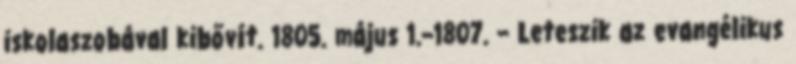
iskolaszobával kibővít. 1805. május 1.–1807. – Leteszik az evangélikus